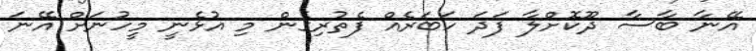
އޭނާ ބާސާ ދޫކޮށްލާ ފަދަ ހަބަރެއް ފެތުރިގެން މި އުޅެނީ މީހުނަށް އޭނަ